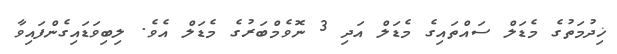
ޚިދުމަތުގެ މެޑަލް ސައްތައިގެ މެޑަލް އަދި 3 ނޮވެމްބަރުގެ މެޑަލް އެވެ. ލިބިވަޑައިގެންފައިވާ